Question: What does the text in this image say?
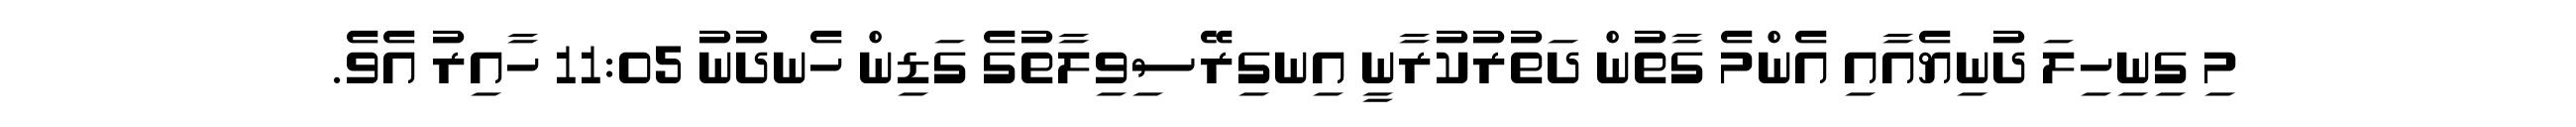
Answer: މި ގިނިހިލަ ދުނިޔެއާއި އެންމެ ގާތުން ދަތުރުކުރާނީ އިނގިރޭސިވިލާތުގެ ގަޑިން ހެނދުނު 11:05 ހާއިރު އެވެ.